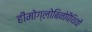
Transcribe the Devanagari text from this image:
हीमोग्लोबिनोपैथियों